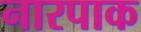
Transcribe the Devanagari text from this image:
नारपाक